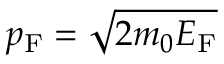
p _ { \mathrm { F } } = { \sqrt { 2 m _ { 0 } E _ { \mathrm { F } } } }